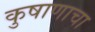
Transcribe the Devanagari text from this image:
कुषाणाचा